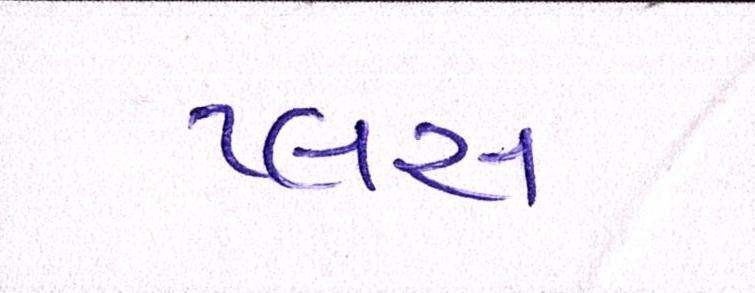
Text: પ્લસ